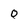
Character: 0